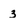
Character: 3